Indian journal of veterinary science and animal husbandry - Volume 9,
Year: 1939
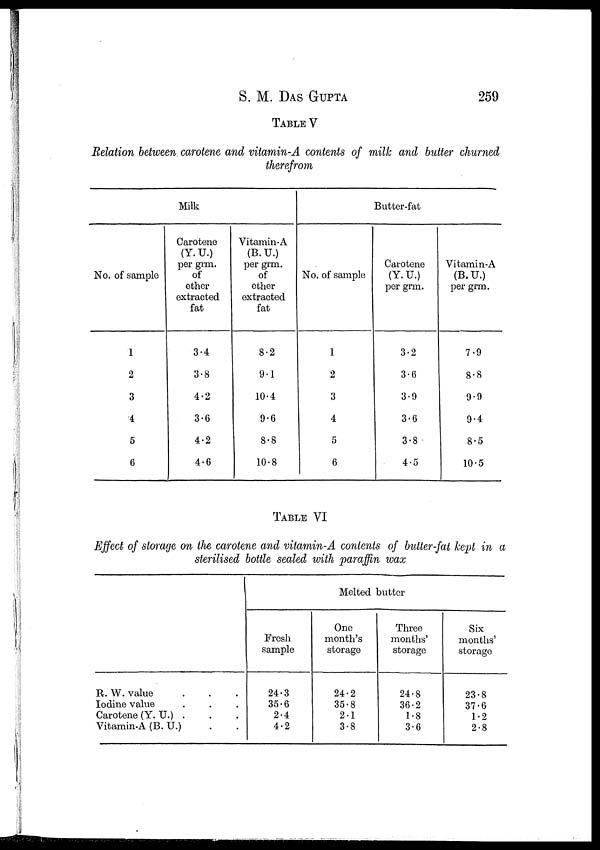
S. M. DAS GUPTA 259
TABLE V
Relation between carotene and vitamin-A contents of milk and butter churned
therefrom
Milk
No. of sample
1
2
3
4
5
6
Carotene
(Y. U.)
per grm.
of
ether
extracted
fat
3.4
3.8
4.2
3.6
4.2
4.6
Vitamin-A
(B. U.)
per grm.
of
ether
extracted
fat
8.2
9.1
10.4
9.6
8.8
10.8
Butter-fat
No. of sample
1
2
3
4
5
6
Carotene
(Y. U.)
per grm.
3.2
3.6
3.9
3.6
3.8
4.5
Vitamin-A
(B. U.)
per grm.
7.9
8.8
9.9
9.4
8.5
10.5
TABLE VI
Effect of storage on the carotene and vitamin-A contents of butter-fat kept in a
sterilised bottle sealed with paraffin wax
R. W. value . . .
Iodine value . . .
Carotene (Y. U.) . . .
Vitamin-A (B. U.) . .
Melted butter
Fresh
sample
24.3
35.6
2.4
4.2
One
month's
storage
24.2
35.8
2.1
3.8
Three
months'
storage
24.8
36.2
1.8
3.6
Six
months'
storage
23.8
37.6
1.2
2.8